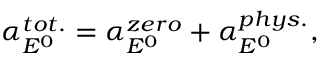
\alpha _ { E ^ { 0 } } ^ { t o t . } = \alpha _ { E ^ { 0 } } ^ { z e r o } + \alpha _ { E ^ { 0 } } ^ { p h y s . } ,